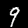
Label: 9